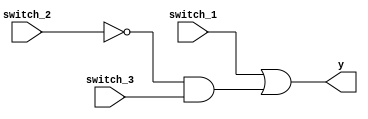
module LUT3 (input switch_1, input switch_2, input switch_3, output y);
    wire w1,w2;
    not(w1,switch_2);
    and(w2,w1,switch_3);
    or(y,switch_1,w2);    
endmodule